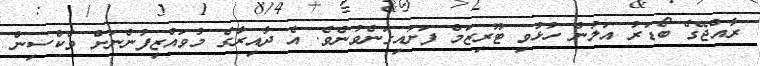
ރާއްޖޭގެ ބޯޑަރު އަލުން ހުޅުވި ޓޫރިޒަމް ފަށައިގަނެވުނެވެ. އެ ދާއިރާގެ މުވައްޒިފުންނަށް ވެކްސިން